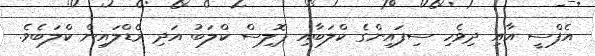
އެފްސީ އާއި ދިވެހި ސިފައިންގެ ކްލަބާއި ޕޮލިސް ކްލަބު އަދި ރެޑްލައިން ކްލަބެވެ.